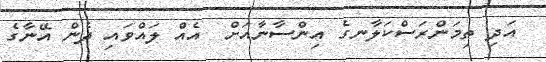
އަދި ތިމަންރަސްކަލާނގެ އިންސާނާާއަށް  އެއް ލައްވައި ދެން އޭނާގެ